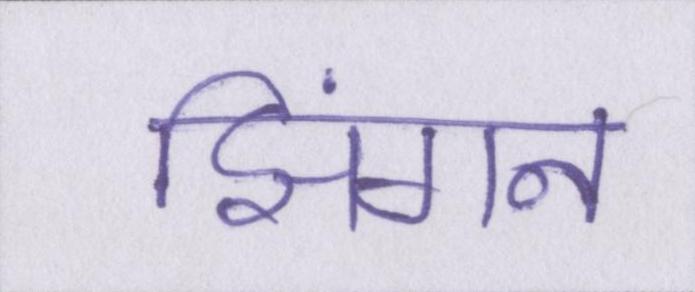
झिंगन